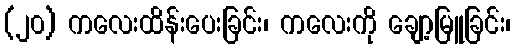
(၂၀) ကလေးထိန်းပေးခြင်း၊ ကလေးကို ချော့မြူခြင်း၊